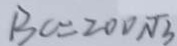
B C = 2 0 0 \sqrt { 3 }